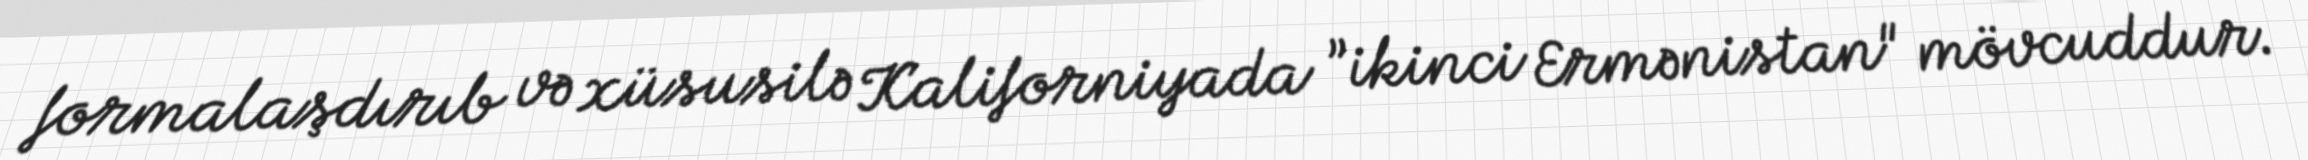
formalaşdırıb və xüsusilə Kaliforniyada ”ikinci Ermənistan" mövcuddur.